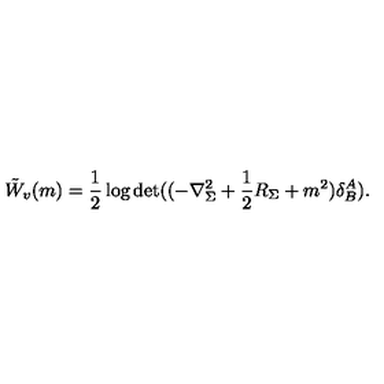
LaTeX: \tilde { W } _ { v } ( m ) = \frac 1 2 \log \det ( ( - \nabla _ { \Sigma } ^ { 2 } + \frac 1 2 R _ { \Sigma } + m ^ { 2 } ) \delta _ { B } ^ { A } ) .